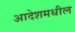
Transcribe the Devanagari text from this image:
आदेशमधील